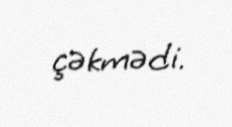
çəkmədi.